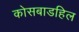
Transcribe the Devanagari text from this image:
कोसबाडहिल